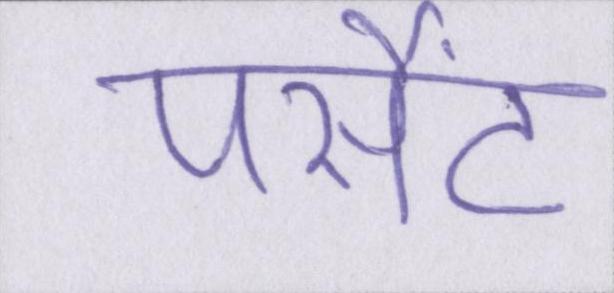
पर्सेंट